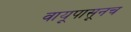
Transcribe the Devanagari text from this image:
वायूपासूनच